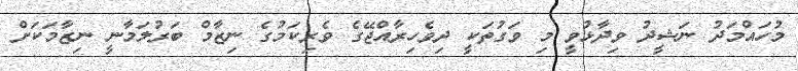
މުހައްމަދު ނަޝީދު ވިދާޅުވީ މި ވަގުތަކީ ދިވެހިރާއްޖޭގެ ވެރިކަމުގެ ނިޒާމް ބަރުލަމާނީ ނިޒާމަކަށް